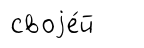
своjе́й